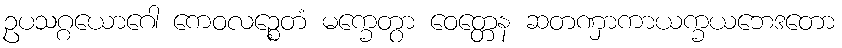
ဥပသဂ္ဂယောဂေါ ကေဝလဉ္စေတံ မက္ခေတွာ ဝေတ္တေန ဆတဏှာကာယက္ခယဘေဒတော